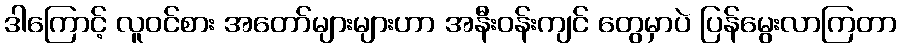
ဒါကြောင့် လူဝင်စား အတော်များများဟာ အနီးဝန်းကျင် တွေမှာပဲ ပြန်မွေးလာကြတာ